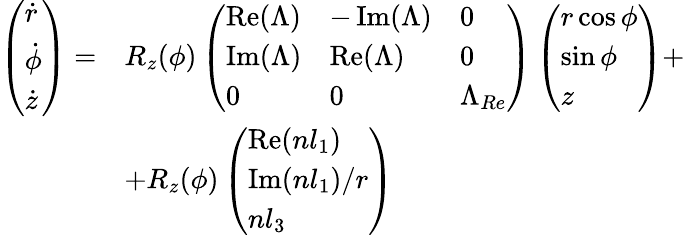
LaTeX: \begin{array}{rl}{\left(\begin{array}{l}{\dot{r}}\\ {\dot{\phi}}\\ {\dot{z}}\end{array}\right)=}&{R_{z}(\phi)\left(\begin{array}{lll}{\operatorname{Re}(\Lambda)}&{-\operatorname{Im}(\Lambda)}&{0}\\ {\operatorname{Im}(\Lambda)}&{\operatorname{Re}(\Lambda)}&{0}\\ {0}&{0}&{\Lambda_{Re}}\end{array}\right)\left(\begin{array}{l}{r\cos\phi}\\ {\sin\phi}\\ {z}\end{array}\right)+}\\ &{+R_{z}(\phi)\left(\begin{array}{l}{\operatorname{Re}(nl_{1})}\\ {\operatorname{Im}(nl_{1})/r}\\ {nl_{3}}\end{array}\right)}\end{array}